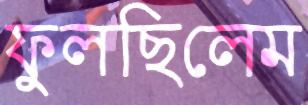
ফুলছিলেম